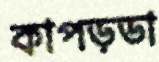
কাপড়ডা